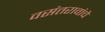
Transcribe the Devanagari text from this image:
वसंतरावांचे